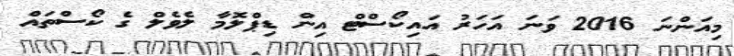
މިއަންނަ 2016 ވަނަ އަހަރު އައިކޯސްޓް އިން ޑިޕްލޮމާ ލެވެލް ގެ ކޯސްތައް